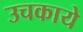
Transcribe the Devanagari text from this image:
उचकाये